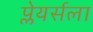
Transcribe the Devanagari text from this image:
प्लेयर्सला